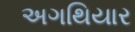
અગથિયાર